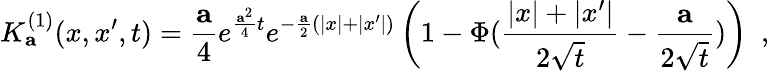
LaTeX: K_{\mathbf a}^{(1)}(x,x^{\prime},t)={\frac{\mathbf a}{4}}e^{{\frac{{\mathbf a}^{2}}{4}}t}e^{-{\frac{\mathbf a}{2}}(|x|+|x^{\prime}|)}\left(1-\Phi({\frac{|x|+|x^{\prime}|}{2\sqrt{t}}}-{\frac{\mathbf a}{2\sqrt{t}}})\right)~~,